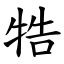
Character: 牿